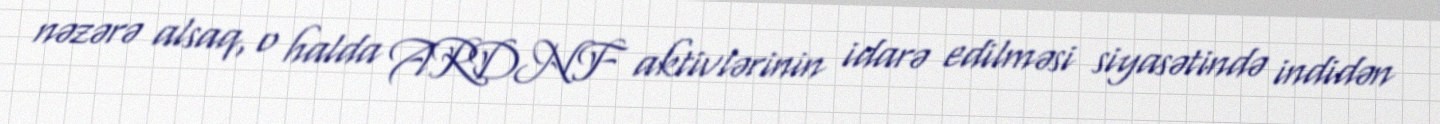
nəzərə alsaq, o halda ARDNF aktivlərinin idarə edilməsi siyasətində indidən